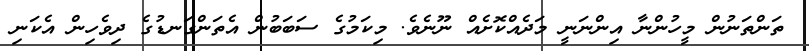
ތަންތަނުން މީހުންނާ އިންނަނީ މަދެއްކޮށެއް ނޫނެވެ. މިކަމުގެ ސަބަބުން އެތަންގަނޑުގެ ދިވެހިން އެކަނި